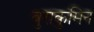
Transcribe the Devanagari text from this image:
बुराकुमिन